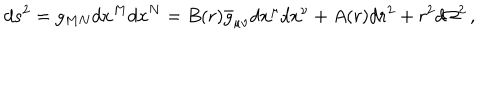
d s ^ { 2 } = g _ { M N } d x ^ { M } d x ^ { N } = B ( r ) \bar { g } _ { \mu \nu } d x ^ { \mu } d x ^ { \nu } + A ( r ) d r ^ { 2 } + r ^ { 2 } d \Omega ^ { 2 } \, ,